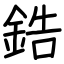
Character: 鋯